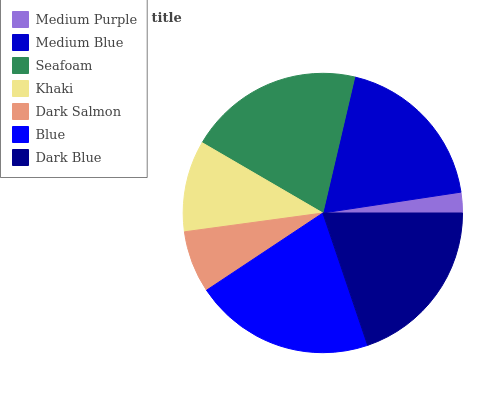
| Medium Purple | Medium Blue | Seafoam | Khaki | Dark Salmon | Blue | Dark Blue |
 | --- | --- | --- | --- | --- | --- | --- |
 | 2.39% | 19% | 20.2% | 10.6% | 7.19% | 20.9% | 19.8% |